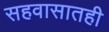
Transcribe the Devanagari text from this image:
सहवासातही